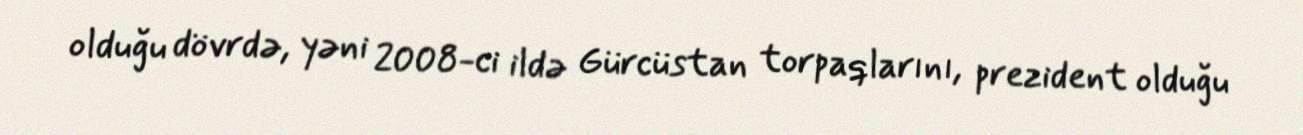
olduğu dövrdə, yəni 2008-ci ildə Gürcüstan torpaqlarını, prezident olduğu